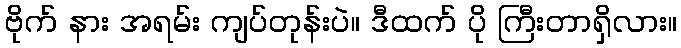
ဗိုက် နား အရမ်း ကျပ်တုန်းပဲ။ ဒီထက် ပို ကြီးတာရှိလား။